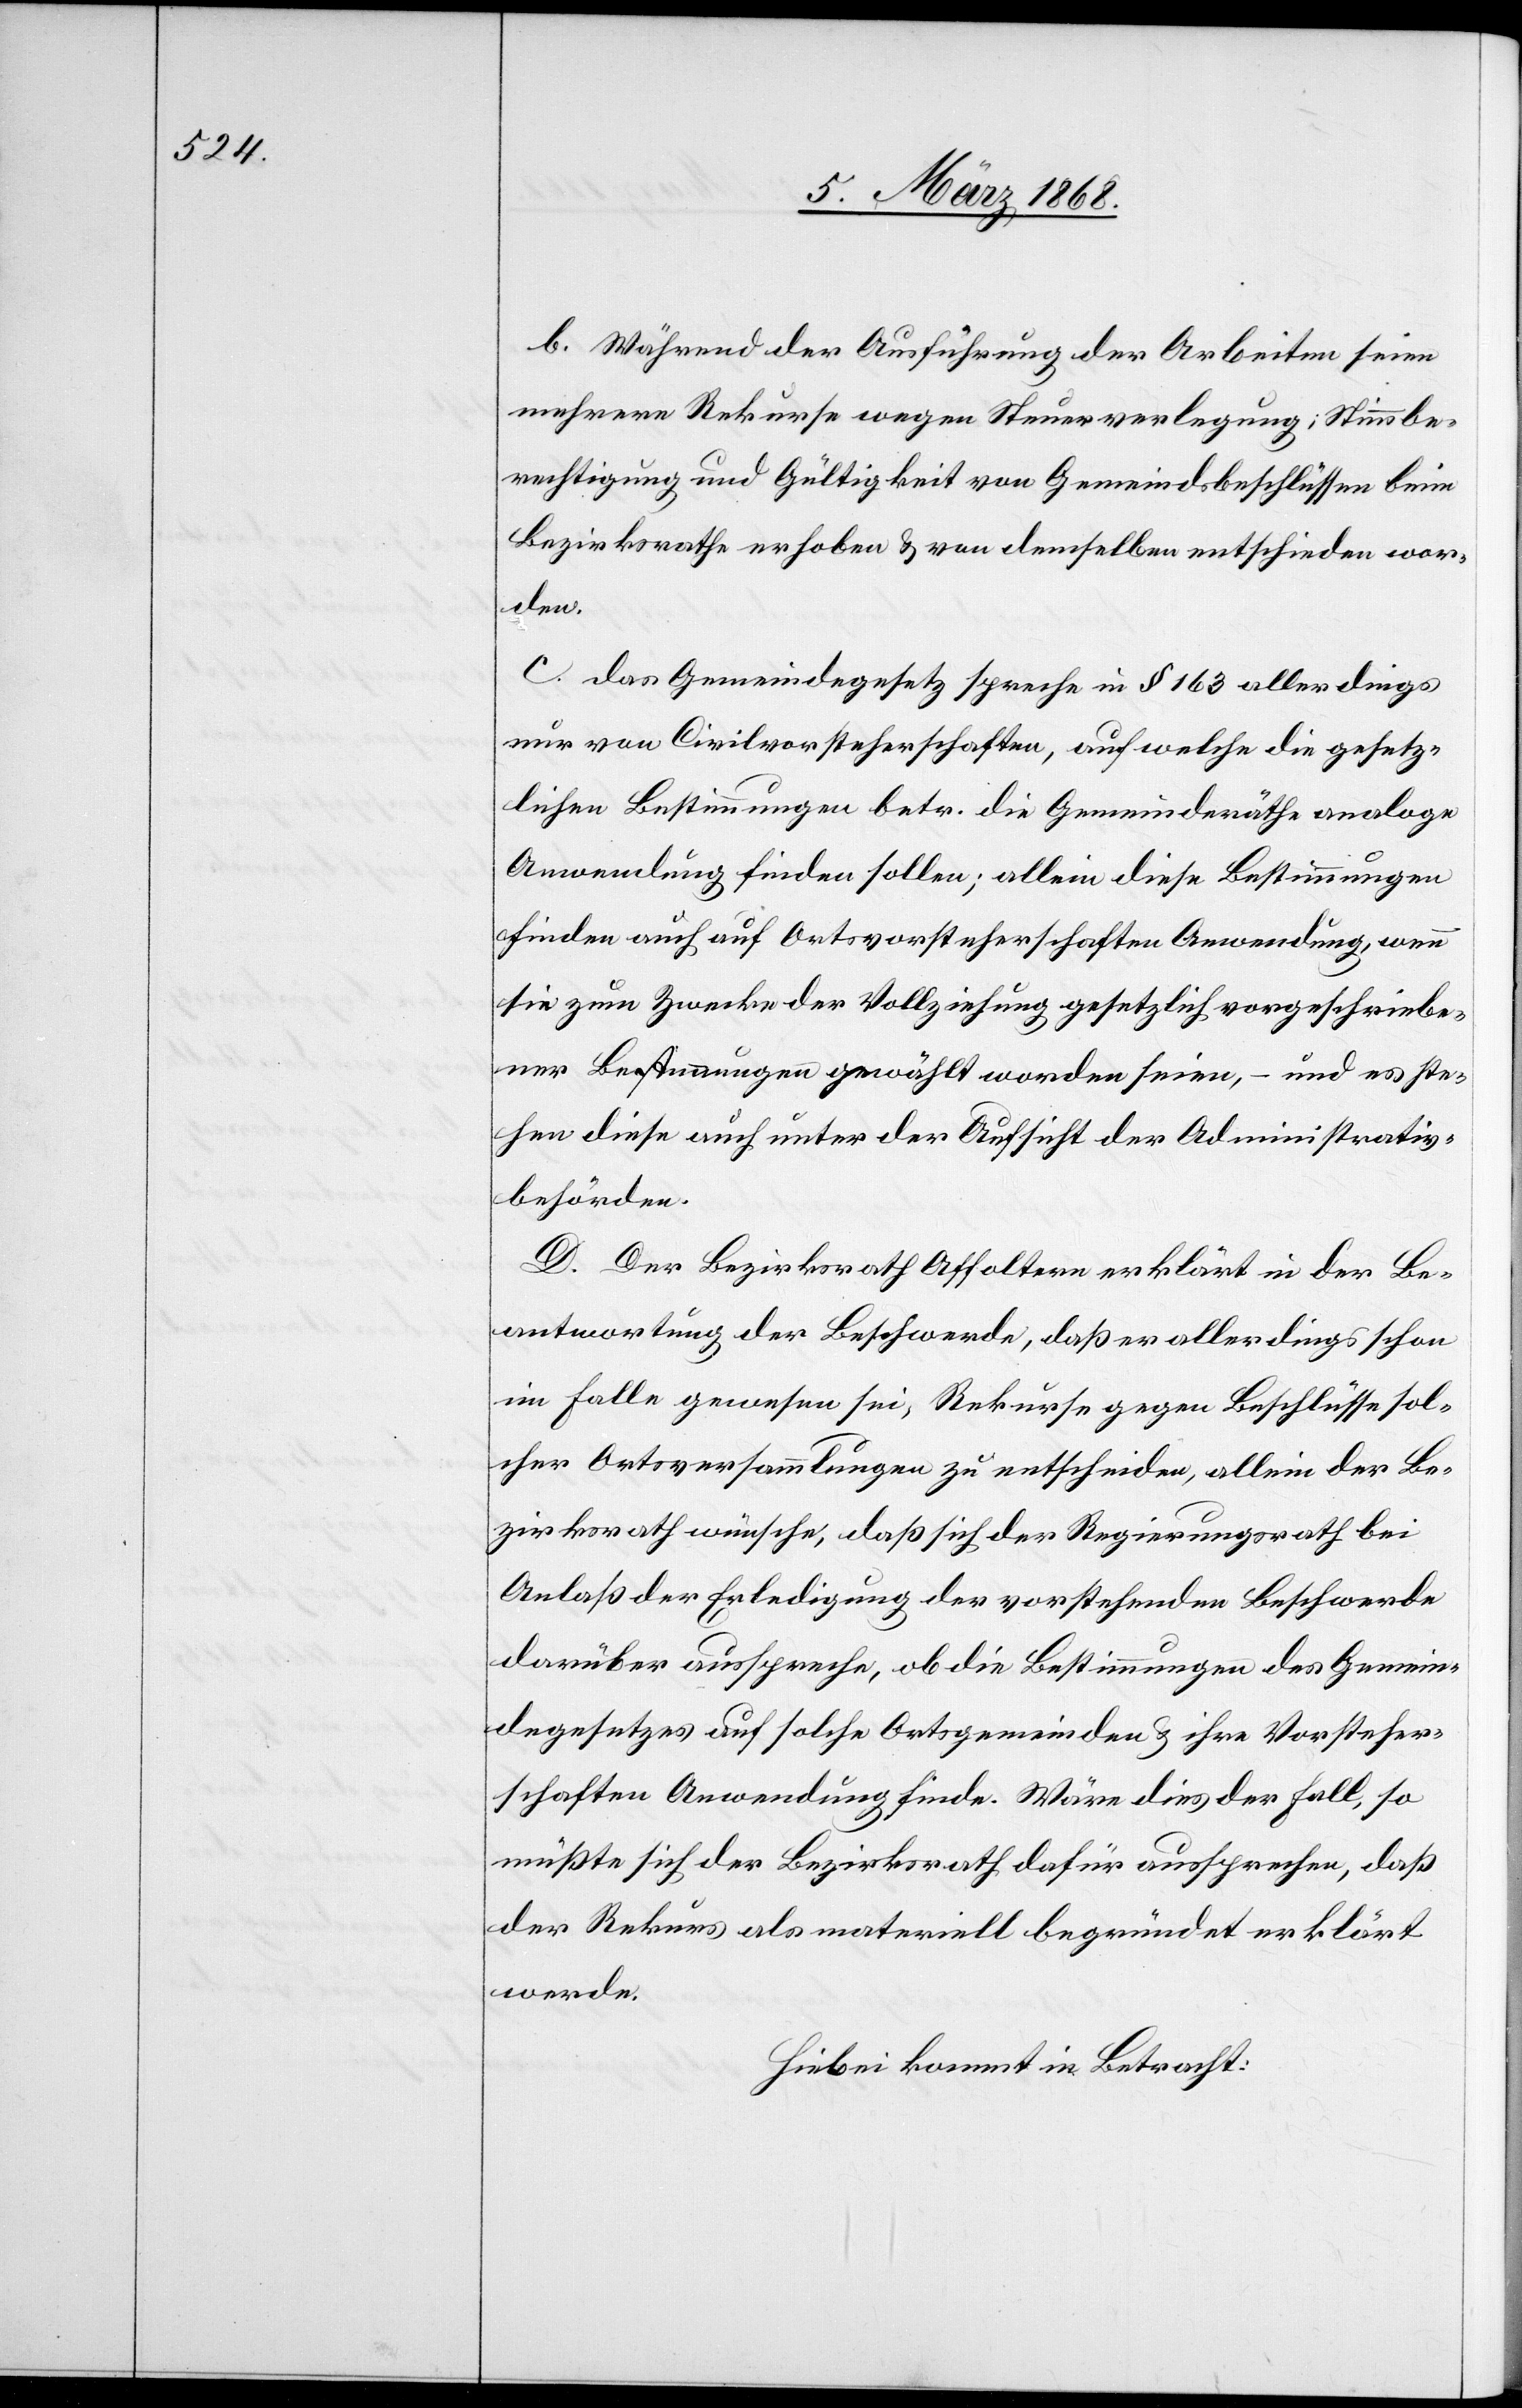
b. Während der Ausführung der Arbeiten seien
mehrere Rekurse wegen Steuerverlegung; Stimmbe¬
rechtigung und Gültigkeit von Gemeindsbeschlüssen beim
Bezirksrathe erhoben & von demselben entschieden wor¬
den.
c. Das Gemeindegesetz spreche in § 163 allerdings
nur von Civilvorsteherschaften, auf welche die gesetz¬
lichen Bestimmungen betr. die Gemeindräthe analoge
Anwendung finden sollen; allein diese Bestimmungen
finden auch auf Ortsvorsteherschaften Anwendung, wenn
sie zum Zwecke der Vollziehung gesetzlich vorgeschriebe¬
ner Bestimmungen gewählt worden seien, – und es ste¬
hen diese auch unter der Aufsicht der Administrativ¬
behörden.
D. Der Bezirksrath Affoltern erklärt in der Be¬
antwortung der Beschwerde, daß er allerdings schon
im Falle gewesen sei, Rekurse gegen Beschlüsse sol¬
cher Ortsversammlungen zu entscheiden, allein der Be¬
zirksrath wünsche, daß sich der Regierungsrath bei
Anlaß der Erledigung der vorstehenden Beschwerde
darüber ausspreche, ob die Bestimmungen des Gemein¬
degesetzes auf solche Ortsgemeinden & ihre Vorsteher¬
schaften Anwendung finde[n]. Wäre dies der Fall, so
müßte sich der Bezirksrath dafür aussprechen, daß
der Rekurs als materiell begründet erklärt
werde.
Hiebei kommt in Betracht: